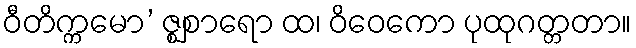
ဝီတိက္ကမော’ ဇ္ဈစာရော ထ၊ ဝိဝေကော ပုထုဂတ္တတာ။